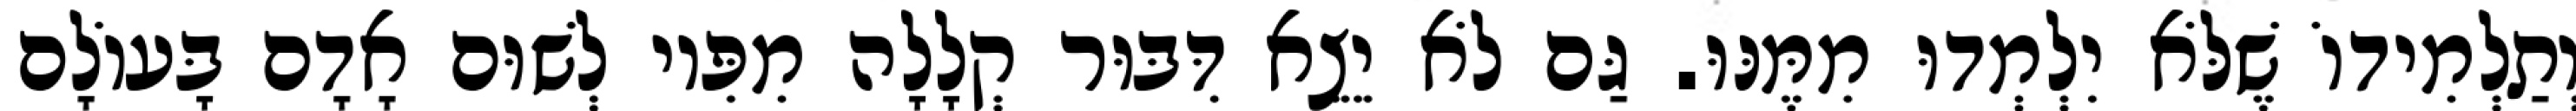
וְתַלְמִידוֹ שֶׁלֹּא יִלְמְדוּ מִמֶּנּוּ. גַּם לֹא יֵצֵא דִּבּוּר קְלָלָה מִפִּיו לְשׁוּם אָדָם בָּעוֹלָם